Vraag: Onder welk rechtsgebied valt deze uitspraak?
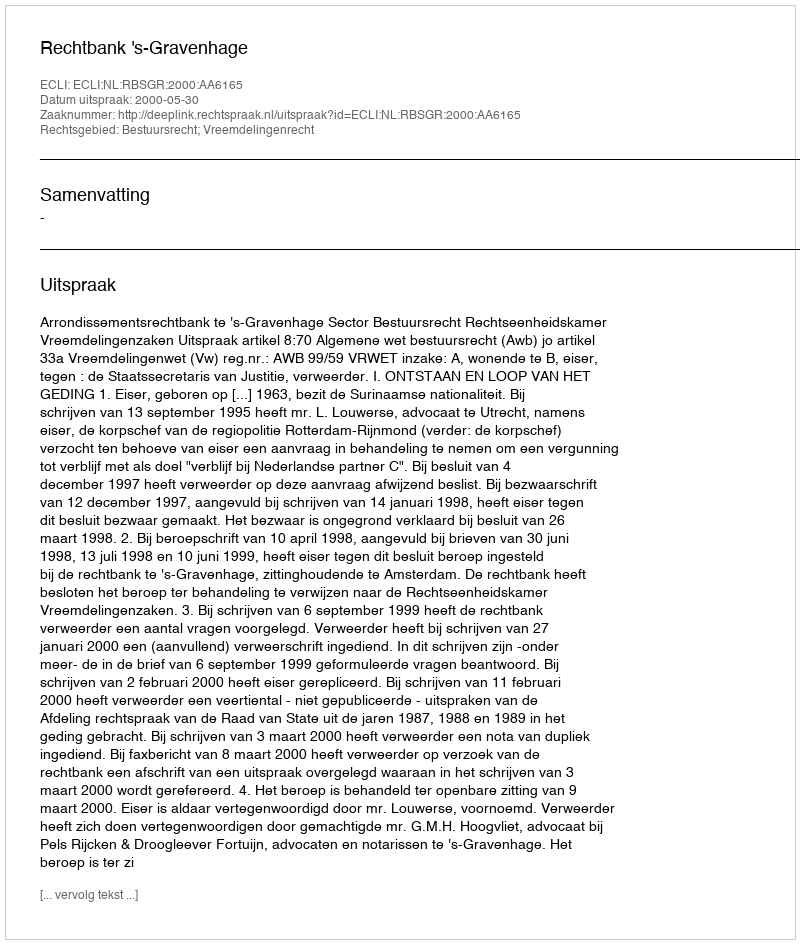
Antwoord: Bestuursrecht; Vreemdelingenrecht